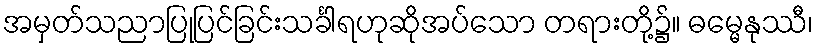
အမှတ်သညာပြုပြင်ခြင်းသင်္ခါရဟုဆိုအပ်သော တရားတို့၌။ ဓမ္မေနုဿီ၊